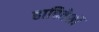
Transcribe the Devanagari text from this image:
हाबितेशॉ